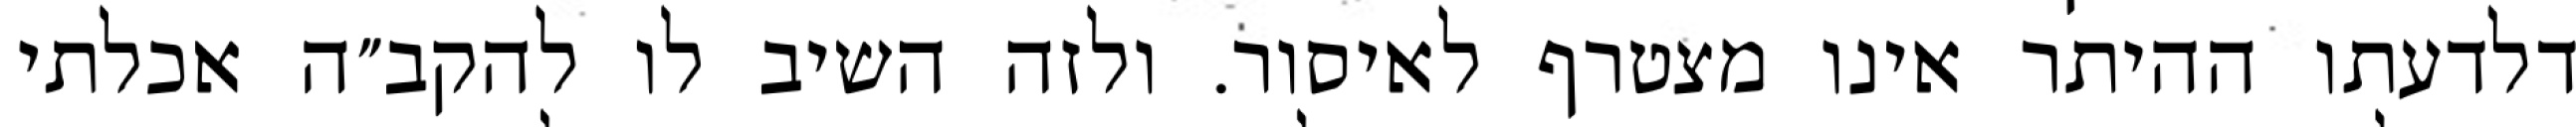
דלדעתו ההיתר אינו מצטרף לאיסור. ולזה השיב לו להקב״ה אכלתי